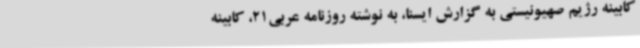
کابینه رژیم صهیونیستی به گزارش ایسنا، به نوشته روزنامه عربی21، کابینه